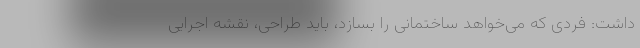
داشت: فردی که می‌خواهد ساختمانی را بسازد، باید طراحی، نقشه اجرایی